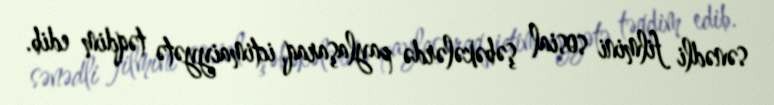
sənədli filmini sosial şəbəkələrdə paylaşaraq, ictimaiyyətə təqdim edib.